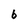
Character: b